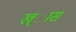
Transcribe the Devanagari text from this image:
ख्ास